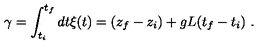
\gamma = \int _ { t _ { i } } ^ { t _ { f } } d t \xi ( t ) = ( z _ { f } - z _ { i } ) + g L ( t _ { f } - t _ { i } ) \ .